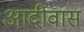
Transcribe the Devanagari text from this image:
आदीवास